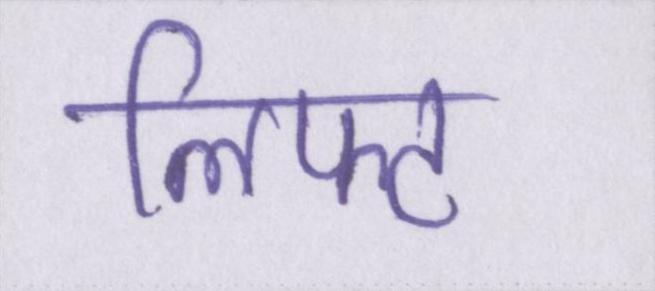
लिफ्ट